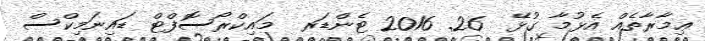
ޢިމާރާތެއް އެޅުމާ ގުޅޭ  26